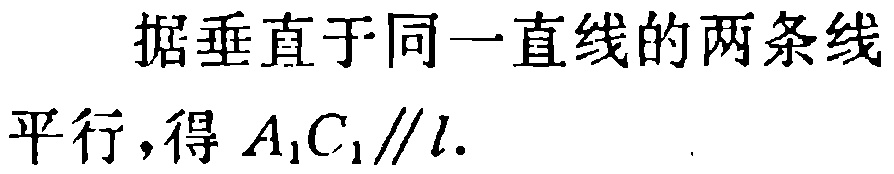
据垂直于同一直线的两条线
平行，得 \(A_{1}C_{1}\parallel l\).